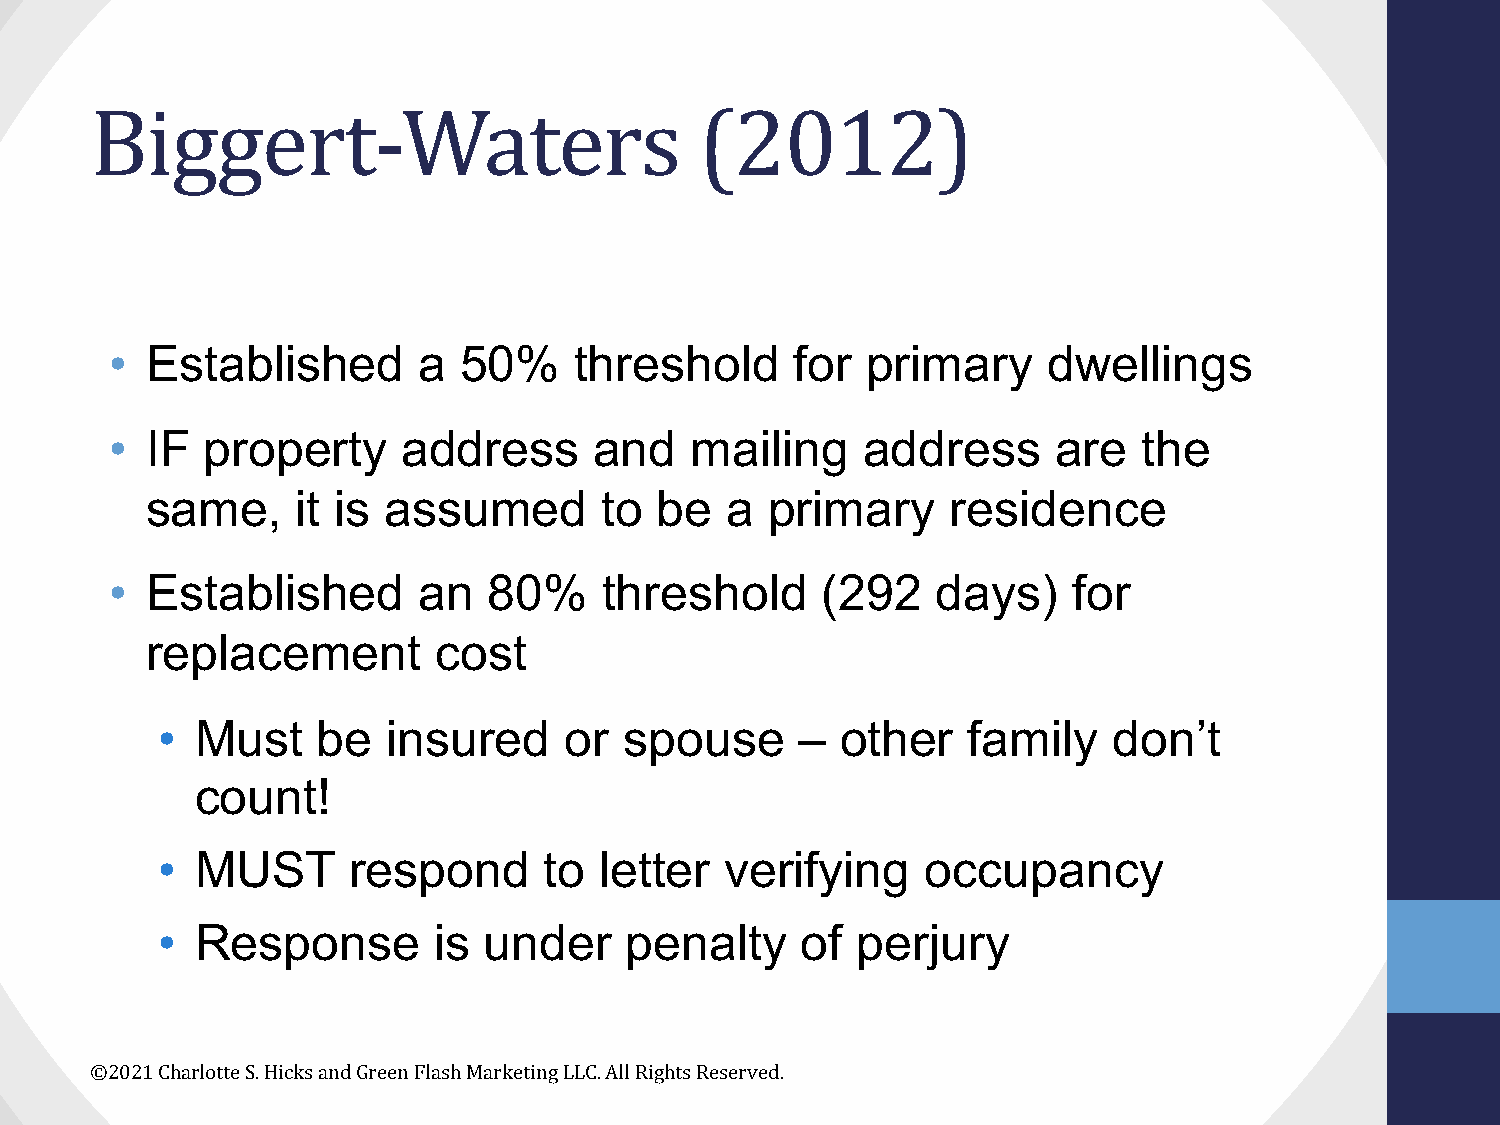
Biggert-Waters                          (2012)
 •  Established       a 50%     threshold      for primary     dwellings
 •  IF  property     address     and    mailing    address      are   the
 same,     it is assumed       to  be  a  primary     residence
 •  Established       an  80%     threshold     (292    days)    for
 replacement        cost
 •  Must    be   insured    or  spouse      –  other   family    don’t
 count!
 •  MUST      respond      to  letter  verifying    occupancy
 •  Response        is under    penalty     of  perjury
 ©2021 Charlotte S. Hicks and Green Flash Marketing LLC. All Rights Reserved.